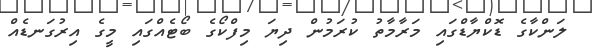
ލަންކާގެ ޑޮކްޔާޑްގައި މަރާމާތު ކުރަމުން ދިޔަ މިފްކޯގެ ބޯޓެއްގައި މީގެ އިރުގަނޑެއް